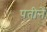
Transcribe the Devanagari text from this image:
पतीनें